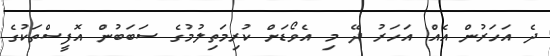
ދެ އަހަރުން އެއް އަހަރު ދޭ މި އެވޯޑަށް ކުރިމަތިލުމުގެ ސަބަބުން އޮފީސްތަކުގެ